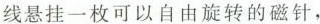
线悬挂一枚可以自由旋转的磁针，